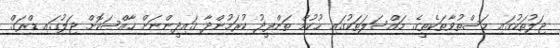
ޖަލުތަކުގައި މަސްތުވާތަކެތީގެ މައްސަލަތަކުގައި ޙުކުމް ތަންފީޛު ކުރަމުންދާ ޤައިދީންނަށް ޚާއްޞަކޮށް ޖަލުގައި ޑްރަގް